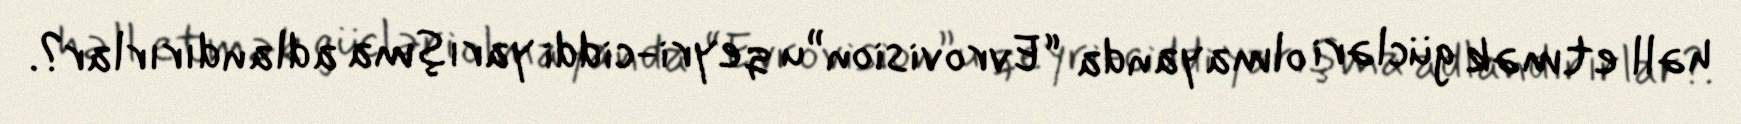
həll etmək gücləri olmayanda “Evrovision”u qeyri-ciddi yarışma adlandırırlar?.